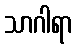
သာဂါရာ